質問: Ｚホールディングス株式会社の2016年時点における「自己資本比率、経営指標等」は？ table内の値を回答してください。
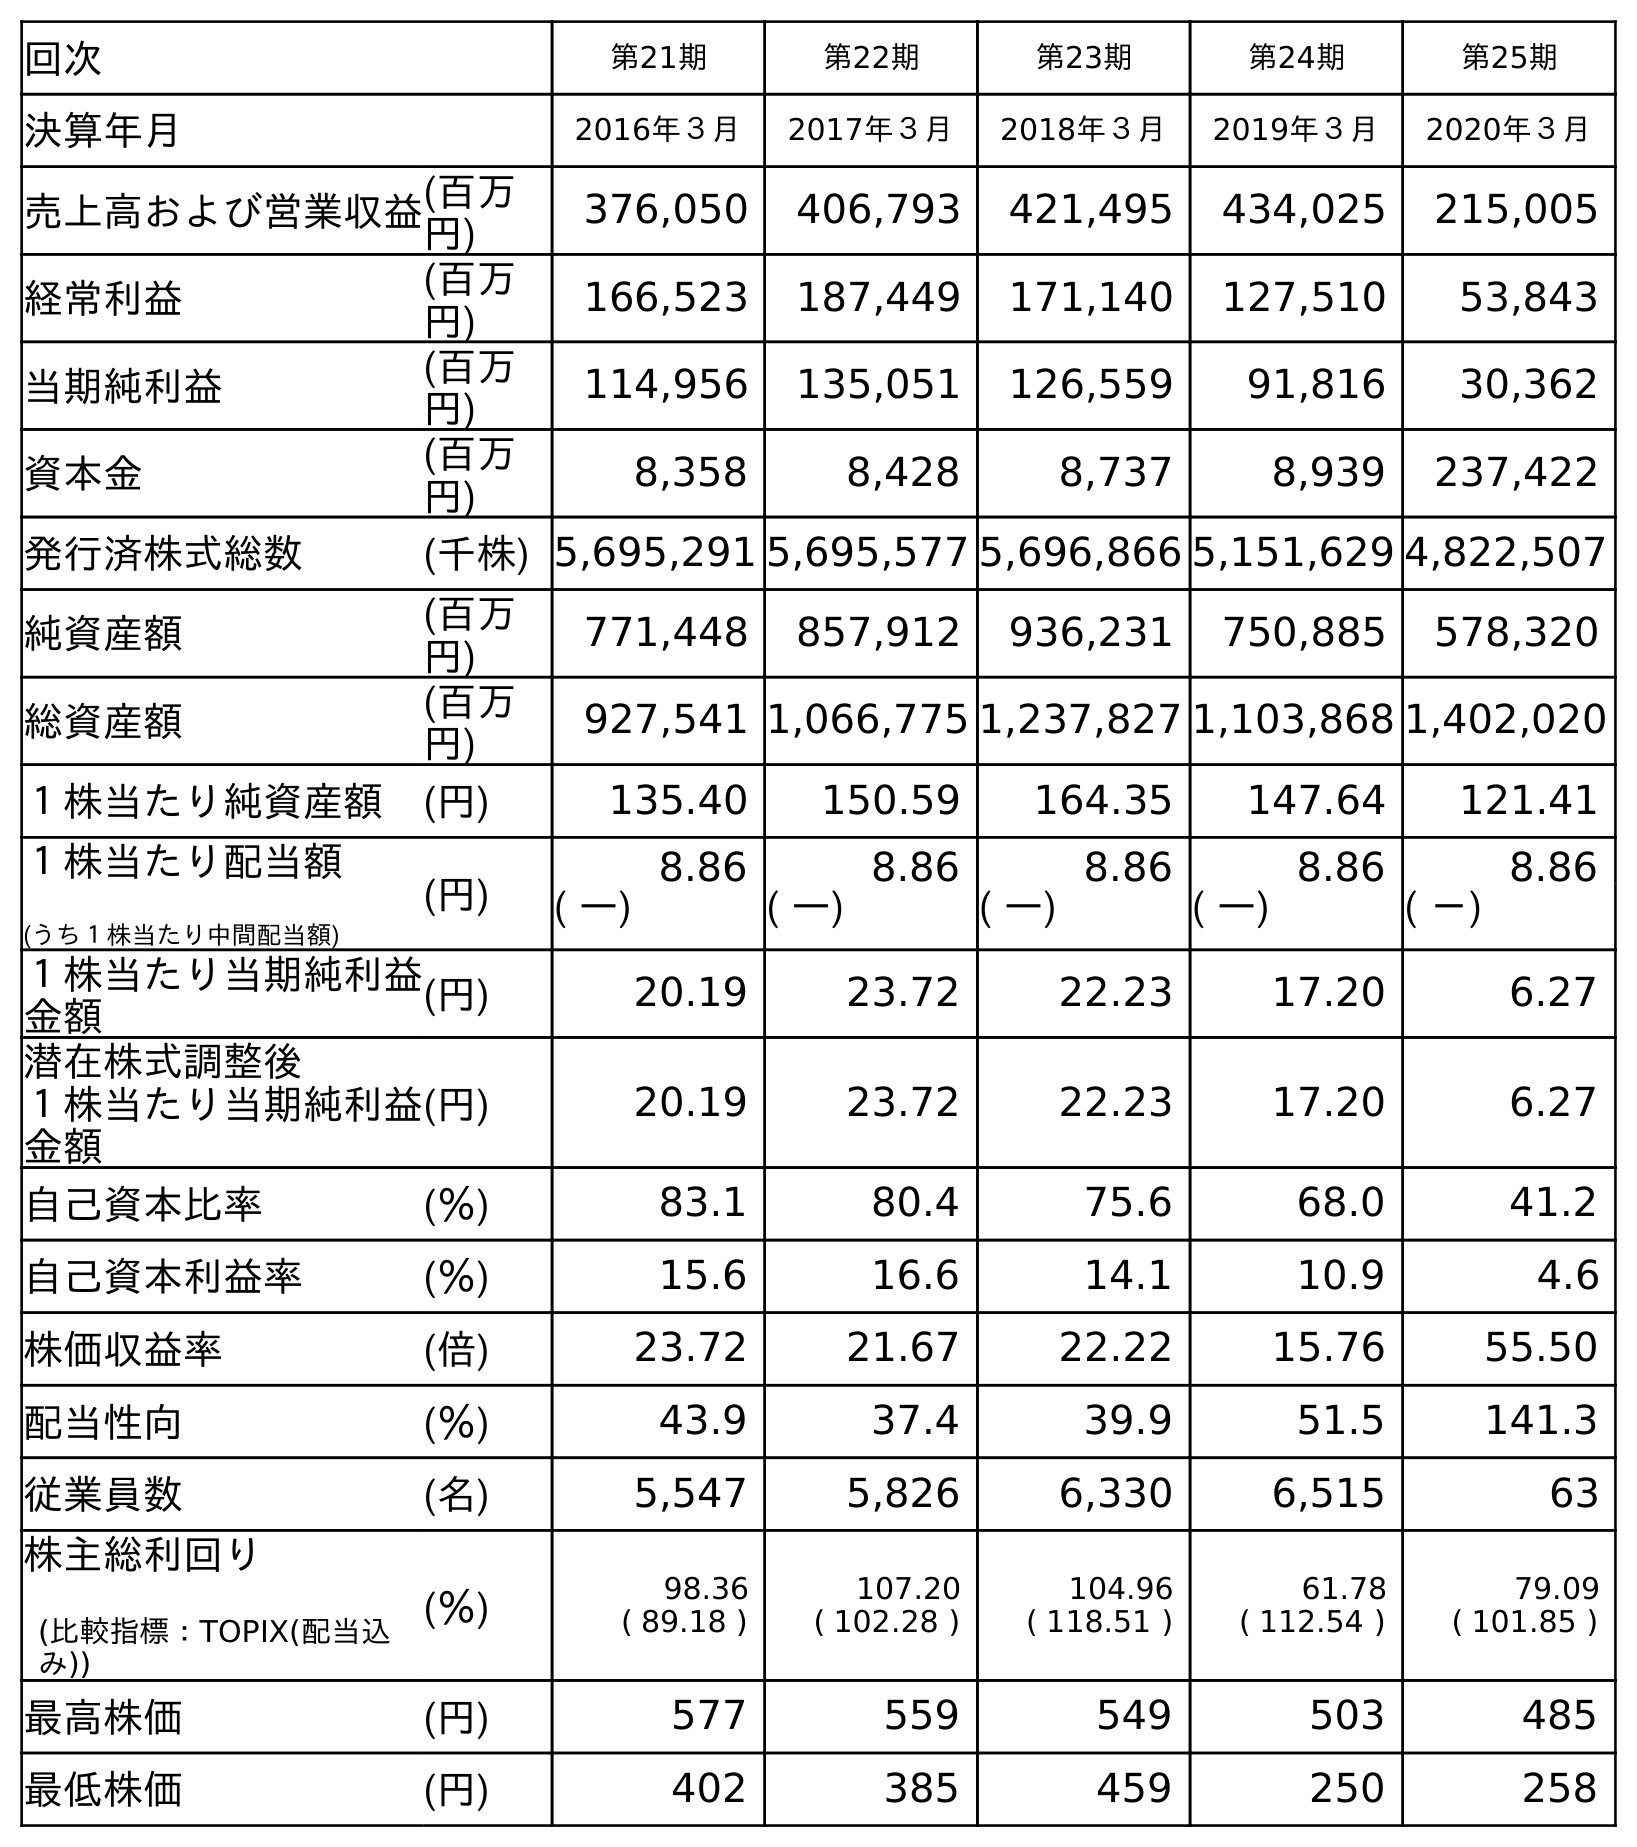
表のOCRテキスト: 回次 第21期 第22期 第23期 第24期 第25期 決算年月 2016年３月 2017年３月 2018年３月 2019年３月 2020年３月 売上高および営業収益(百万 円) 376,050 406,793 421,495 434,025 215,005 経常利益 (百万 円) 166,523 187,449 171,140 127,510 53,843 当期純利益 (百万 円) 114,956 135,051 126,559 91,816 30,362 資本金 (百万 円) 8,358 8,428 8,737 8,939 237,422 発行済株式総数 (千株) 5,695,291 5,695,577 5,696,866 5,151,629 4,822,507 純資産額 (百万 円) 771,448 857,912 936,231 750,885 578,320 総資産額 (百万 円) 927,541 1,066,775 1,237,827 1,103,868 1,402,020 １株当たり純資産額 (円) 135.40 150.59 164.35 147.64 121.41 １株当たり配当額 (うち１株当たり中間配当額) (円) 8.86 8.86 8.86 8.86 8.86 ( ―) ( ―) ( ―) ( ―) ( －) １株当たり当期純利益 金額 (円) 20.19 23.72 22.23 17.20 6.27 潜在株式調整後 １株当たり当期純利益 金額 (円) 20.19 23.72 22.23 17.20 6.27 自己資本比率 (％) 83.1 80.4 75.6 68.0 41.2 自己資本利益率 (％) 15.6 16.6 14.1 10.9 4.6 株価収益率 (倍) 23.72 21.67 22.22 15.76 55.50 配当性向 (％) 43.9 37.4 39.9 51.5 141.3 従業員数 (名) 5,547 5,826 6,330 6,515 63 株主総利回り (比較指標：TOPIX(配当込 み)) (％) 98.36 ( 89.18 ) 107.20 ( 102.28 ) 104.96 ( 118.51 ) 61.78 ( 112.54 ) 79.09 ( 101.85 ) 最高株価 (円) 577 559 549 503 485 最低株価 (円) 402 385 459 250 258
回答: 83.1